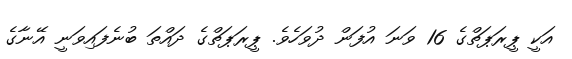
އަކީ ޕީރަޕަތްގެ 16 ވަނަ އުފަން ދުވަހެވެ. ޕީރަޕަތްގެ ދައްތަ ބުނެފައިވަނީ އޭނާގެ